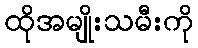
ထိုအမျိုးသမီးကို